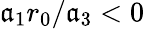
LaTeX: {\mathfrak{a}_{1}r_{0}/\mathfrak{a}_{3}<0}